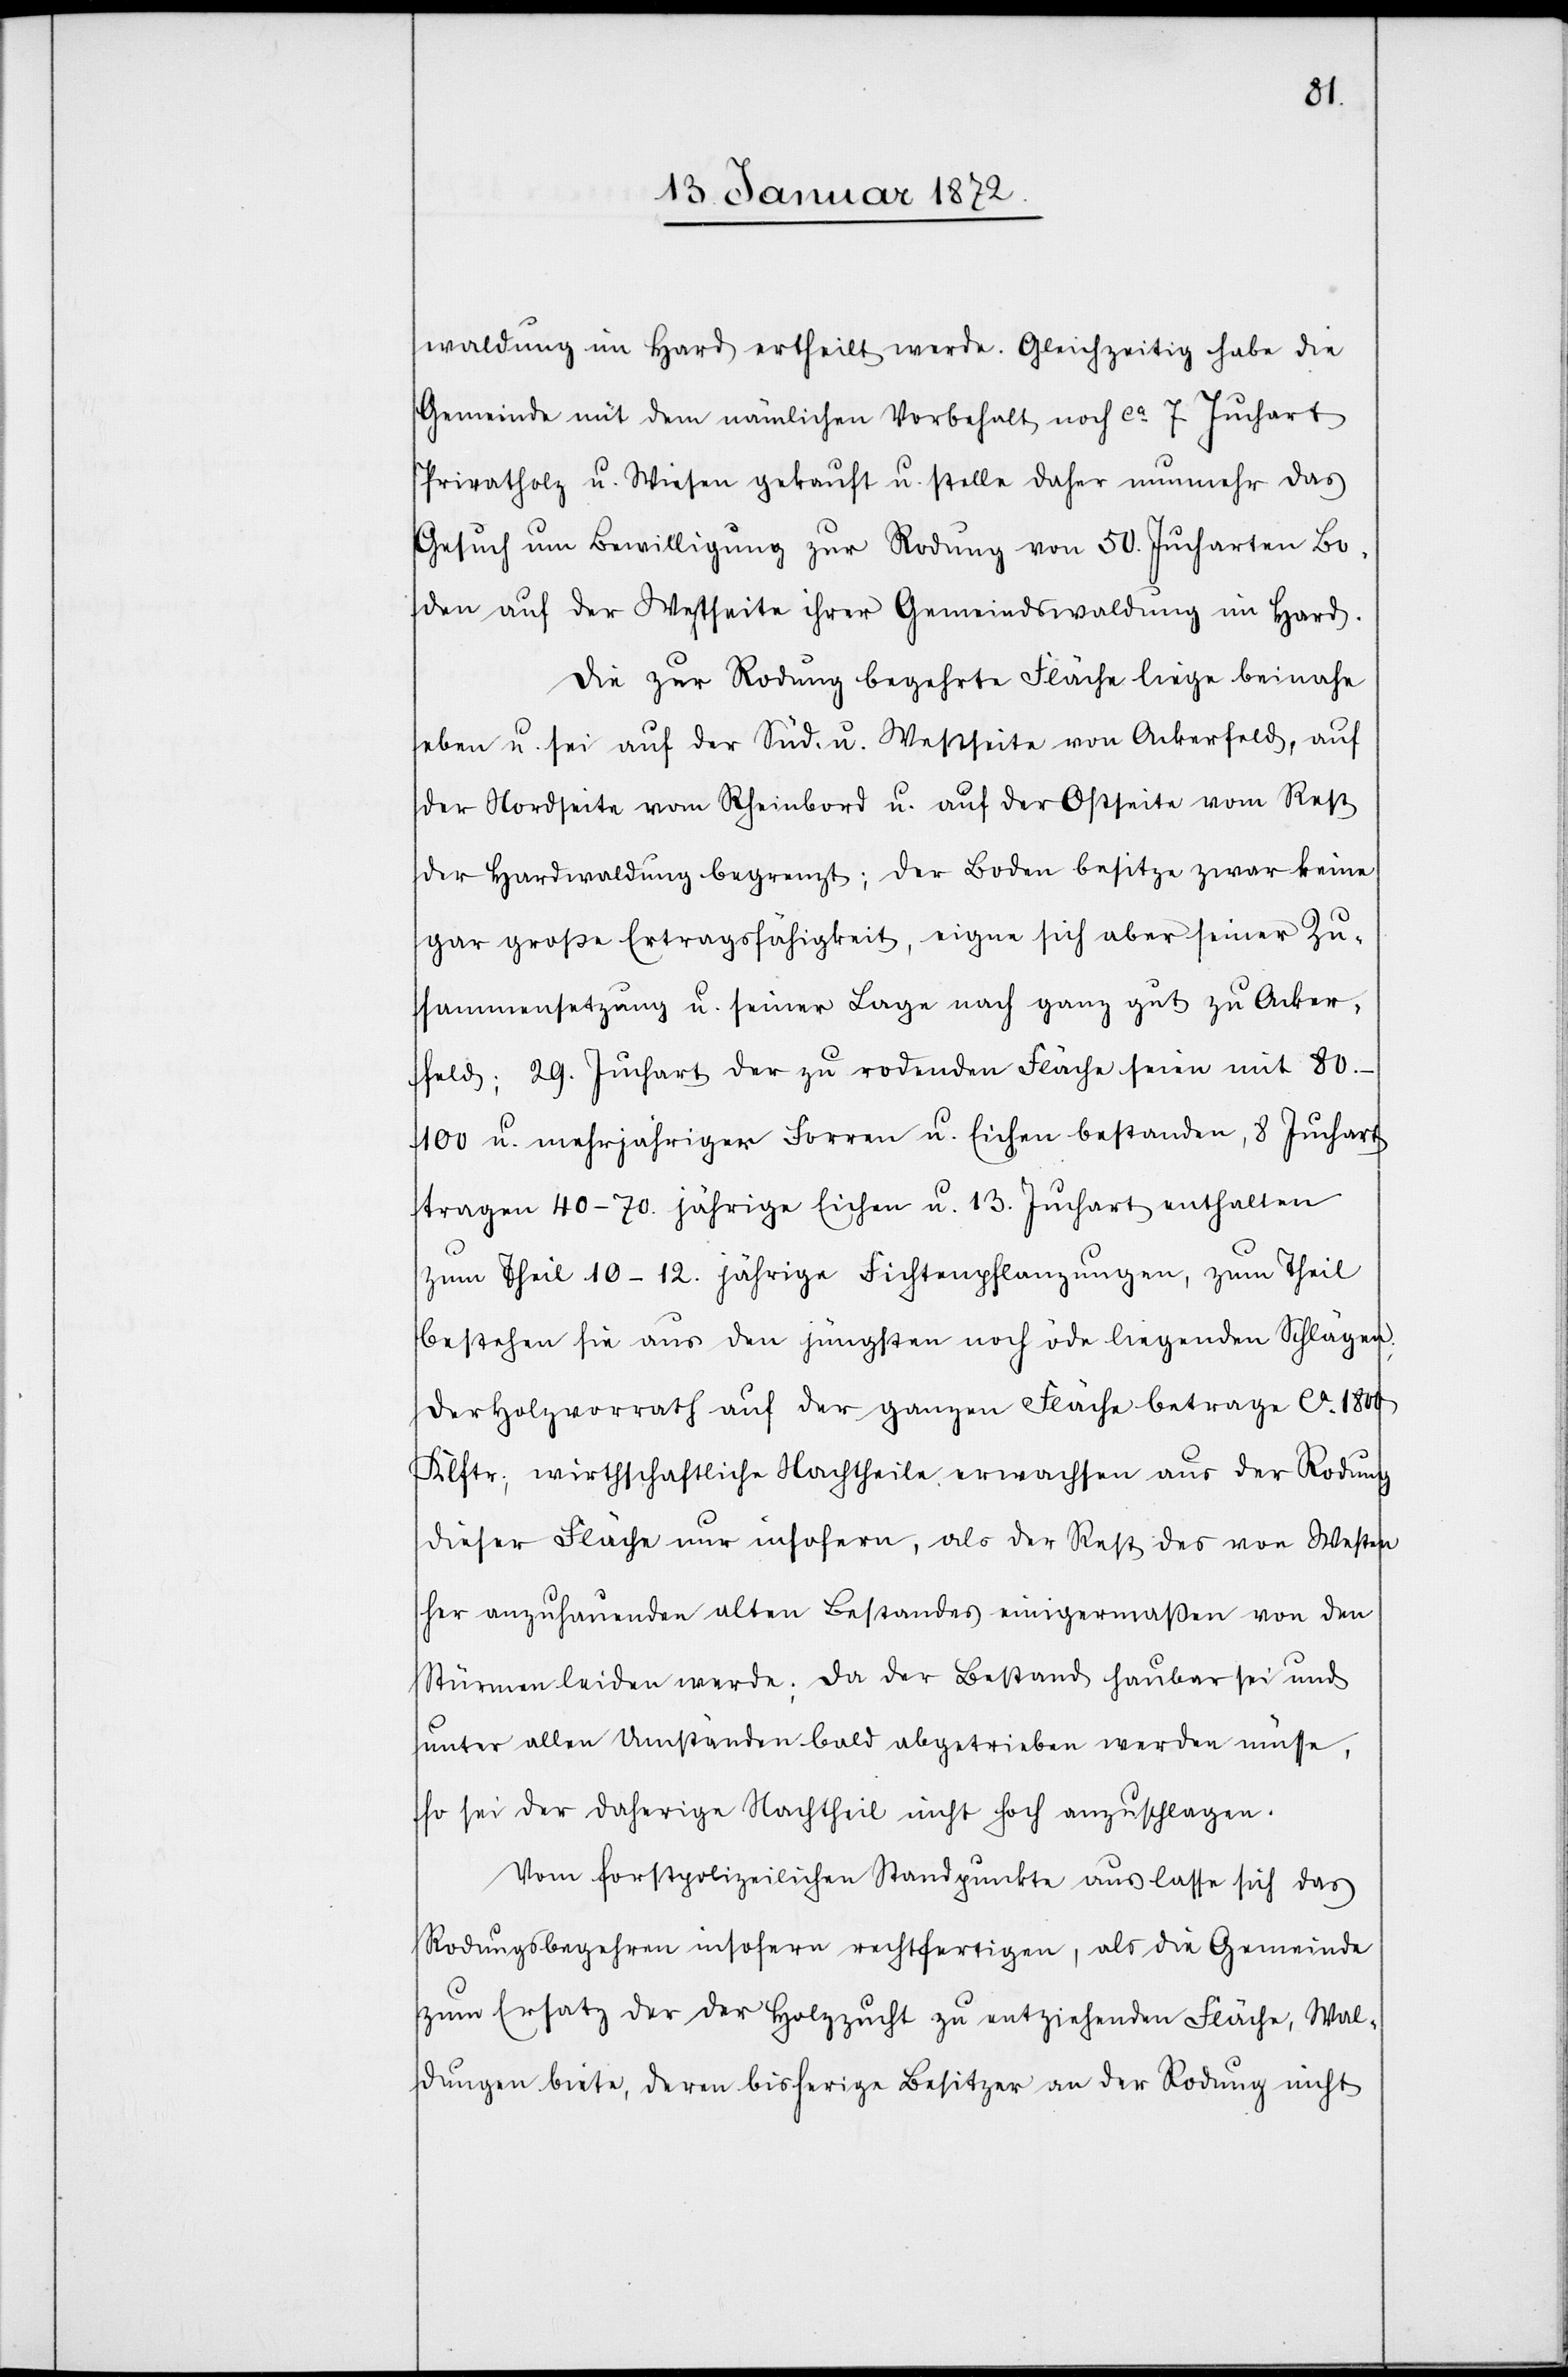
waldung im Hard ertheilt werde. Gleichzeitig habe die
Gemeinde mit dem nämlichen Vorbehalt noch ca 7 Juchart
Privatholz u. Wiesen gekauft u. stelle daher nunmehr das
Gesuch um Bewilligung zur Rodung von 50. Jucharten Bo¬
den auf der Westseite ihrer Gemeindswaldung im Hard.
Die zur Rodung begehrte Fläche liege beinahe
eben u. sei auf der Süd- u. Westseite von Ackerfeld, auf
der Nordseite vom Rheinbord u. auf der Ostseite vom Rest
der Hardwaldung begrenzt; der Boden besitze zwar keine
gar große Ertragsfähigkeit, eigne sich aber seiner Zu¬
sammensetzung u. seiner Lage nach ganz gut zu Acker¬
feld; 29. Juchart der zu rodenden Fläche seien mit
80–100 u. mehrjähriger Forren u. Eichen bestanden, 8 Juchart
tragen 40–70. jährige Eichen u. 13. Juchart enthalten
zum Theil 10–12. jährige Fichtenpflanzungen, zum Theil
bestehen sie aus den jüngsten noch öde liegenden Schlägen;
der Holzvorrath auf der ganzen Fläche betrage ca. 1800
Klftr; wirthschaftliche Nachtheile erwachsen aus der Rodung
dieser Fläche nur insofern, als der Rest des von Westen
her anzuhauenden alten Bestandes einigermaßen von den
Stürmen leiden werde; da der Bestand haubar sei und
unter allen Umständen bald abgetrieben werden müsse,
so sei der daherige Nachtheil nicht hoch anzuschlagen.
Vom forstpolizeilichen Standpunkte aus lasse sich das
Rodungsbegehren insofern rechtfertigen, als die Gemeinde
zum Ersatz der der Holzzucht zu entziehenden Fläche, Wal¬
dungen biete, deren bisherige Besitzer an der Rodung nicht